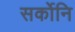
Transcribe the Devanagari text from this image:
सर्कोनि